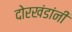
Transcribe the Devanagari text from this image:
दोरखंडांनी